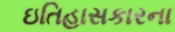
ઇતિહાસકારના